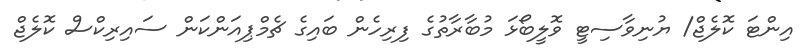
އިންޓަ ކޮލެޖް/ ޔުނިވާސިޓީ ވޮލީބޯޅަ މުބާރާތުގެ ފިރިހެން ބައިގެ ޗެމްޕިއަންކަން ސައިރިކްސް ކޮލެޖް